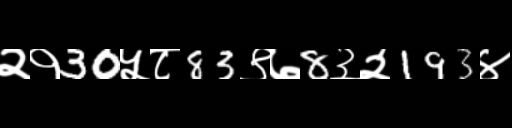
Text: २१30५८83९७8३२193४